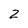
Character: 2